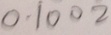
0 . 1 0 0 2